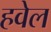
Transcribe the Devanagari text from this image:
हवेल